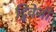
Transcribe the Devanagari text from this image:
द्विवेजी